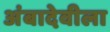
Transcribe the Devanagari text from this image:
अंबादेवीला